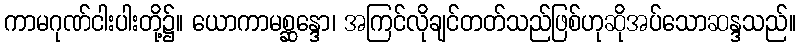
ကာမဂုဏ်ငါးပါးတို့၌။ ယောကာမစ္ဆန္ဒော၊ အကြင်လိုချင်တတ်သည်ဖြစ်ဟုဆိုအပ်သောဆန္ဒသည်။